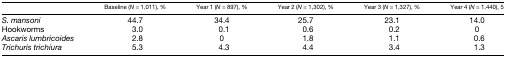
<table><thead><tr><td>[EMPTY_CELL]</td><td><b>Baseline (<i>N</i> = 1,011), %</b></td><td><b>Year 1 (<i>N</i> = 897), %</b></td><td><b>Year 2 (<i>N</i> = 1,302), %</b></td><td><b>Year 3 (<i>N</i> = 1,327), %</b></td><td><b>Year 4 (<i>N</i> = 1,440), 5</b></td></tr></thead><tbody><tr><td><i>S. mansoni</i></td><td>44.7</td><td>34.4</td><td>25.7</td><td>23.1</td><td>14.0</td></tr><tr><td>Hookworms</td><td>3.0</td><td>0.1</td><td>0.6</td><td>0.2</td><td>0</td></tr><tr><td><i>Ascaris lumbricoides</i></td><td>2.8</td><td>0</td><td>1.8</td><td>1.1</td><td>0.6</td></tr><tr><td><i>Trichuris trichiura</i></td><td>5.3</td><td>4.3</td><td>4.4</td><td>3.4</td><td>1.3</td></tr></tbody></table>